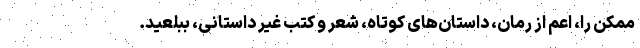
ممکن را، اعم از رمان، داستان‌های کوتاه، شعر و کتب غیر داستانی، ببلعید.